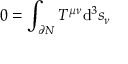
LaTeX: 0 = \int _ { \partial N } T ^ { \mu \nu } \mathrm { d } ^ { 3 } s _ { \nu }